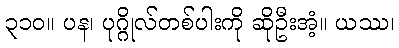
၃၁၀။ ပန၊ ပုဂ္ဂိုလ်တစ်ပါးကို ဆိုဦးအံ့။ ယဿ၊